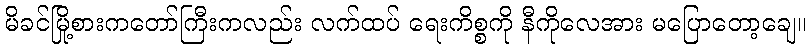
မိခင်မြို့စားကတော်ကြီးကလည်း လက်ထပ် ရေးကိစ္စကို နီကိုလေအား မပြောတော့ချေ။